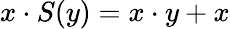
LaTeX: x\cdot S(y)=x\cdot y+x